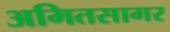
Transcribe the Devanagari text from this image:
अमितसागर